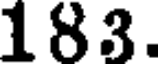
183.